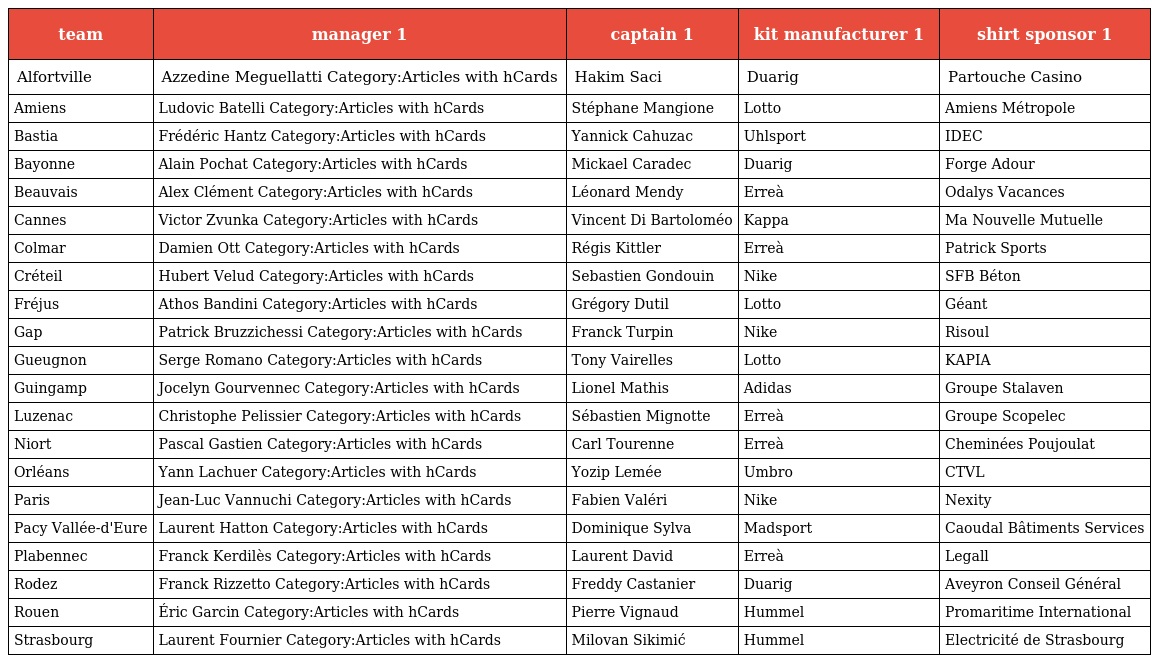
| team | manager 1 | captain 1 | kit manufacturer 1 | shirt sponsor 1 |
 | --- | --- | --- | --- | --- |
 | Alfortville | Azzedine Meguellatti Category:Articles with hCards | Hakim Saci | Duarig | Partouche Casino |
 | Amiens | Ludovic Batelli Category:Articles with hCards | Stéphane Mangione | Lotto | Amiens Métropole |
 | Bastia | Frédéric Hantz Category:Articles with hCards | Yannick Cahuzac | Uhlsport | IDEC |
 | Bayonne | Alain Pochat Category:Articles with hCards | Mickael Caradec | Duarig | Forge Adour |
 | Beauvais | Alex Clément Category:Articles with hCards | Léonard Mendy | Erreà | Odalys Vacances |
 | Cannes | Victor Zvunka Category:Articles with hCards | Vincent Di Bartoloméo | Kappa | Ma Nouvelle Mutuelle |
 | Colmar | Damien Ott Category:Articles with hCards | Régis Kittler | Erreà | Patrick Sports |
 | Créteil | Hubert Velud Category:Articles with hCards | Sebastien Gondouin | Nike | SFB Béton |
 | Fréjus | Athos Bandini Category:Articles with hCards | Grégory Dutil | Lotto | Géant |
 | Gap | Patrick Bruzzichessi Category:Articles with hCards | Franck Turpin | Nike | Risoul |
 | Gueugnon | Serge Romano Category:Articles with hCards | Tony Vairelles | Lotto | KAPIA |
 | Guingamp | Jocelyn Gourvennec Category:Articles with hCards | Lionel Mathis | Adidas | Groupe Stalaven |
 | Luzenac | Christophe Pelissier Category:Articles with hCards | Sébastien Mignotte | Erreà | Groupe Scopelec |
 | Niort | Pascal Gastien Category:Articles with hCards | Carl Tourenne | Erreà | Cheminées Poujoulat |
 | Orléans | Yann Lachuer Category:Articles with hCards | Yozip Lemée | Umbro | CTVL |
 | Paris | Jean-Luc Vannuchi Category:Articles with hCards | Fabien Valéri | Nike | Nexity |
 | Pacy Vallée-d'Eure | Laurent Hatton Category:Articles with hCards | Dominique Sylva | Madsport | Caoudal Bâtiments Services |
 | Plabennec | Franck Kerdilès Category:Articles with hCards | Laurent David | Erreà | Legall |
 | Rodez | Franck Rizzetto Category:Articles with hCards | Freddy Castanier | Duarig | Aveyron Conseil Général |
 | Rouen | Éric Garcin Category:Articles with hCards | Pierre Vignaud | Hummel | Promaritime International |
 | Strasbourg | Laurent Fournier Category:Articles with hCards | Milovan Sikimić | Hummel | Electricité de Strasbourg |